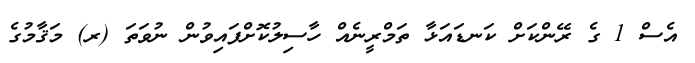
އެސް 1 ގެ ރޭންކަށް ކަނޑައަޅާ ތަމްރީނެއް ހާސިލުކޮށްފައިވުން ނުވަތަ (ރ) މަޤާމުގެ